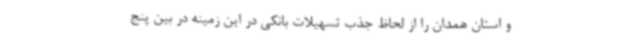
و استان همدان را از لحاظ جذب تسهیلات بانکی در این زمینه در بین پنج